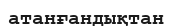
атанғандықтан